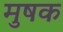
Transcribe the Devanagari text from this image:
मुषक